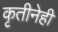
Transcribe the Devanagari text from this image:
कृतीनेही